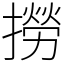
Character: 撈